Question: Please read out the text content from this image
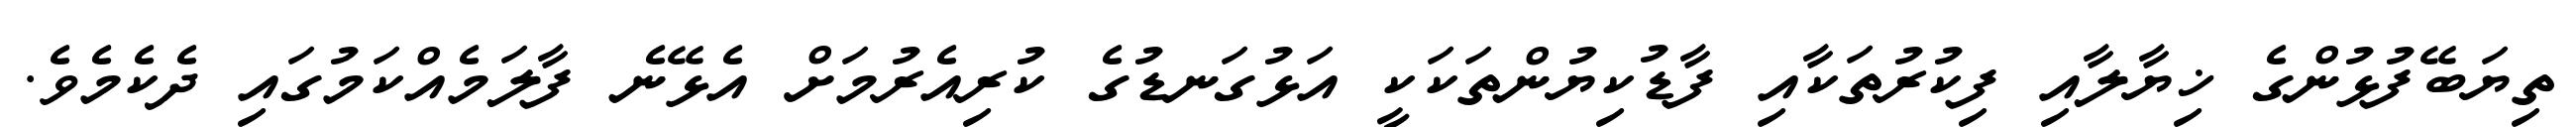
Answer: ތިޔަބޭފުޅުންގެ ޚިޔާލާއި ފިކުރުތަކާއި ފާޑުކިޔުންތަކަކީ އަޅުގަނޑުގެ ކުރިއެރުމަށް އެޅޭނެ ފާލަމެއްކަމުގައި ދެކެމެވެ.